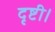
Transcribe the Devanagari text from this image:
दृष्टी।